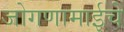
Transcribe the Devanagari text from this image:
जोगणामाईचे